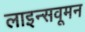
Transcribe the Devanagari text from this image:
लाइन्सवूमन